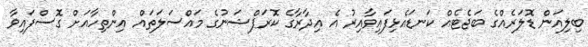
ބިލިއަން ޑޮލަރެއްގެ ބަޖެޓެއް ކަނޑައެޅިފައިވާއިރު އެ އިދާރާގެ ކޮރަޕްޝަނުގެ މައްސަލަތައް އިންތިހާއަށް ގޮސްފައިވާ